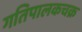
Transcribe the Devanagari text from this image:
गतिपालकचक्र